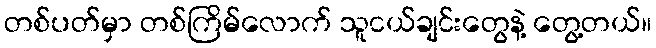
တစ်ပတ်မှာ တစ်ကြိမ်လောက် သူငယ်ချင်းတွေနဲ့ တွေ့တယ်။